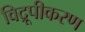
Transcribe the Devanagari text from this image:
विद्रूपीकरण